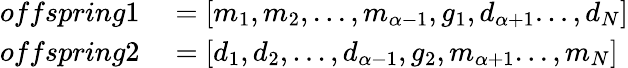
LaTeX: \begin{array}{rl}{offspring1}&{{}=[m_{1},m_{2},...,m_{\alpha-1},g_{1},d_{\alpha+1}...,d_{N}]}\\ {offspring2}&{{}=[d_{1},d_{2},...,d_{\alpha-1},g_{2},m_{\alpha+1}...,m_{N}]}\end{array}